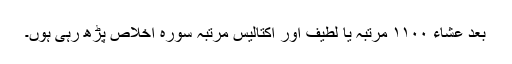
بعد عشاء ۱۱۰۰ مرتبہ یا لطیف اور اکتالیس مرتبہ سورہ اخلاص پڑھ رہی ہوں۔